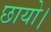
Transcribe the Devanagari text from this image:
छायो।